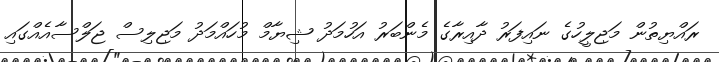
ރައްޔިތުން މަޖިލީހުގެ ނައިފަރު ދާއިރާގެ މެންބަރު އަހުމަދު ޝިޔާމް މުހައްމަދު މަޖިލިސް ޖަލްސާއެއްގައި